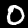
Digit: 0